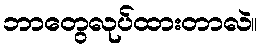
ဘာတွေလုပ်ထားတာလဲ။